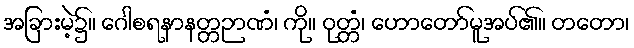
အခြားမဲ့၌။ ဂေါစရနာနတ္တဉာဏံ၊ ကို။ ဝုတ္တံ၊ ဟောတော်မူအပ်၏။ တတော၊